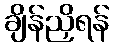
ချိန်ညှိရန်